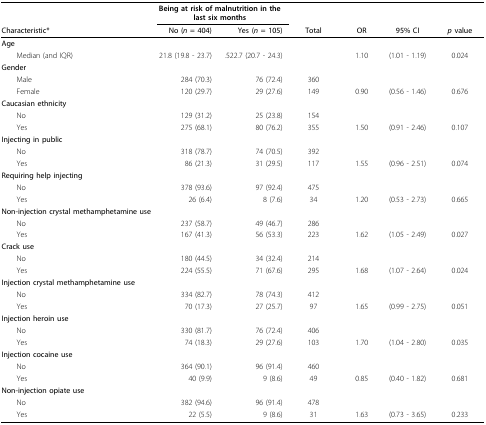
<table><thead><tr><td></td><td colspan="2"><b>Being at risk of malnutrition in the last six months</b></td><td></td><td></td><td></td><td></td></tr><tr><td><b>Characteristic*</b></td><td><b>No (<i>n </i>= 404)</b></td><td><b>Yes (<i>n </i>= 105)</b></td><td><b>Total</b></td><td><b>OR</b></td><td><b>95% CI</b></td><td><b><i>p </i>value</b></td></tr></thead><tbody><tr><td><b>Age</b></td><td></td><td></td><td></td><td></td><td></td><td></td></tr><tr><td> Median (and IQR)</td><td>21.8 (19.8 - 23.7)</td><td>22.7 (20.7 - 24.3)</td><td></td><td>1.10</td><td>(1.01 - 1.19)</td><td>0.024</td></tr><tr><td><b>Gender</b></td><td></td><td></td><td></td><td></td><td></td><td></td></tr><tr><td> Male</td><td>284 (70.3)</td><td>76 (72.4)</td><td>360</td><td></td><td></td><td></td></tr><tr><td> Female</td><td>120 (29.7)</td><td>29 (27.6)</td><td>149</td><td>0.90</td><td>(0.56 - 1.46)</td><td>0.676</td></tr><tr><td><b>Caucasian ethnicity</b></td><td></td><td></td><td></td><td></td><td></td><td></td></tr><tr><td> No</td><td>129 (31.2)</td><td>25 (23.8)</td><td>154</td><td></td><td></td><td></td></tr><tr><td> Yes</td><td>275 (68.1)</td><td>80 (76.2)</td><td>355</td><td>1.50</td><td>(0.91 - 2.46)</td><td>0.107</td></tr><tr><td><b>Injecting in public</b></td><td></td><td></td><td></td><td></td><td></td><td></td></tr><tr><td> No</td><td>318 (78.7)</td><td>74 (70.5)</td><td>392</td><td></td><td></td><td></td></tr><tr><td> Yes</td><td>86 (21.3)</td><td>31 (29.5)</td><td>117</td><td>1.55</td><td>(0.96 - 2.51)</td><td>0.074</td></tr><tr><td><b>Requiring help injecting</b></td><td></td><td></td><td></td><td></td><td></td><td></td></tr><tr><td> No</td><td>378 (93.6)</td><td>97 (92.4)</td><td>475</td><td></td><td></td><td></td></tr><tr><td> Yes</td><td>26 (6.4)</td><td>8 (7.6)</td><td>34</td><td>1.20</td><td>(0.53 - 2.73)</td><td>0.665</td></tr><tr><td><b>Non-injection crystal methamphetamine use</b></td><td></td><td></td><td></td><td></td><td></td><td></td></tr><tr><td> No</td><td>237 (58.7)</td><td>49 (46.7)</td><td>286</td><td></td><td></td><td></td></tr><tr><td> Yes</td><td>167 (41.3)</td><td>56 (53.3)</td><td>223</td><td>1.62</td><td>(1.05 - 2.49)</td><td>0.027</td></tr><tr><td><b>Crack use</b></td><td></td><td></td><td></td><td></td><td></td><td></td></tr><tr><td> No</td><td>180 (44.5)</td><td>34 (32.4)</td><td>214</td><td></td><td></td><td></td></tr><tr><td> Yes</td><td>224 (55.5)</td><td>71 (67.6)</td><td>295</td><td>1.68</td><td>(1.07 - 2.64)</td><td>0.024</td></tr><tr><td><b>Injection crystal methamphetamine use</b></td><td></td><td></td><td></td><td></td><td></td><td></td></tr><tr><td> No</td><td>334 (82.7)</td><td>78 (74.3)</td><td>412</td><td></td><td></td><td></td></tr><tr><td> Yes</td><td>70 (17.3)</td><td>27 (25.7)</td><td>97</td><td>1.65</td><td>(0.99 - 2.75)</td><td>0.051</td></tr><tr><td><b>Injection heroin use</b></td><td></td><td></td><td></td><td></td><td></td><td></td></tr><tr><td> No</td><td>330 (81.7)</td><td>76 (72.4)</td><td>406</td><td></td><td></td><td></td></tr><tr><td> Yes</td><td>74 (18.3)</td><td>29 (27.6)</td><td>103</td><td>1.70</td><td>(1.04 - 2.80)</td><td>0.035</td></tr><tr><td><b>Injection cocaine use</b></td><td></td><td></td><td></td><td></td><td></td><td></td></tr><tr><td> No</td><td>364 (90.1)</td><td>96 (91.4)</td><td>460</td><td></td><td></td><td></td></tr><tr><td> Yes</td><td>40 (9.9)</td><td>9 (8.6)</td><td>49</td><td>0.85</td><td>(0.40 - 1.82)</td><td>0.681</td></tr><tr><td><b>Non-injection opiate use</b></td><td></td><td></td><td></td><td></td><td></td><td></td></tr><tr><td> No</td><td>382 (94.6)</td><td>96 (91.4)</td><td>478</td><td></td><td></td><td></td></tr><tr><td> Yes</td><td>22 (5.5)</td><td>9 (8.6)</td><td>31</td><td>1.63</td><td>(0.73 - 3.65)</td><td>0.233</td></tr></tbody></table>